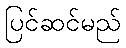
ပြင်ဆင်မည်